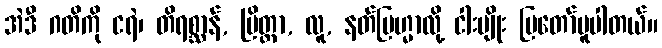
အဲဒီ ဂတိကို ငရဲ၊ တိရစ္ဆာန်, ပြိတ္တာ, လူ, နတ်ဗြဟ္မာလို့ ငါးမျိုး ပြတော်မူပါတယ်။